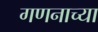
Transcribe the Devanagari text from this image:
गणनाच्या